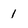
Character: 1